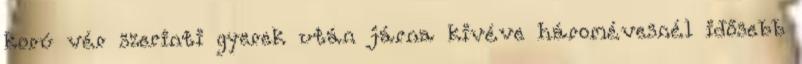
korú vér szerinti gyerek után járna kivéve háromévesnél idősebb